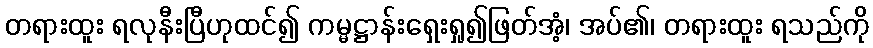
တရားထူး ရလုနီးပြီဟုထင်၍ ကမ္မဋ္ဌာန်းရှေးရှု၍ဖြတ်အံ့၊ အပ်၏၊ တရားထူး ရသည်ကို